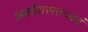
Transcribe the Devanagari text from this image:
असोयसत्तच्छदं